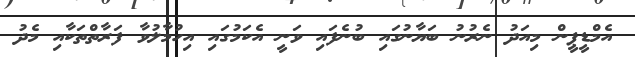
އެމްޑީޕީން މިއަދު ނެރުނު ބަޔާނުގައި ބުނެފައި ވަނީ އެކަމުގައި އިހުމާލުވާ ފަރާތްތަކާއި މެދު